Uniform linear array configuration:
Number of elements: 8
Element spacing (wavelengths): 1
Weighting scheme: blackman
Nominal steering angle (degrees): -30
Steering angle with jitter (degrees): -29.94
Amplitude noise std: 0.05
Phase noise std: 0.05

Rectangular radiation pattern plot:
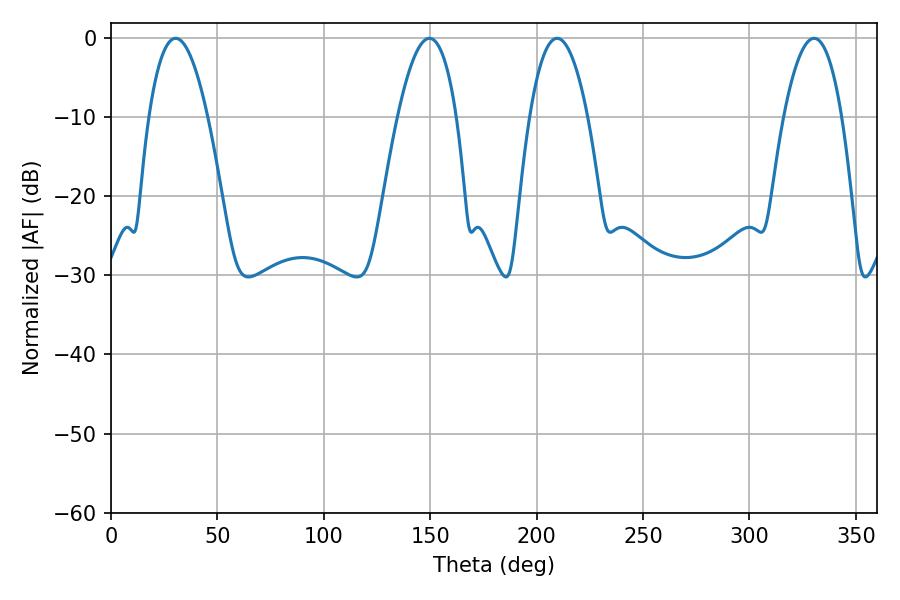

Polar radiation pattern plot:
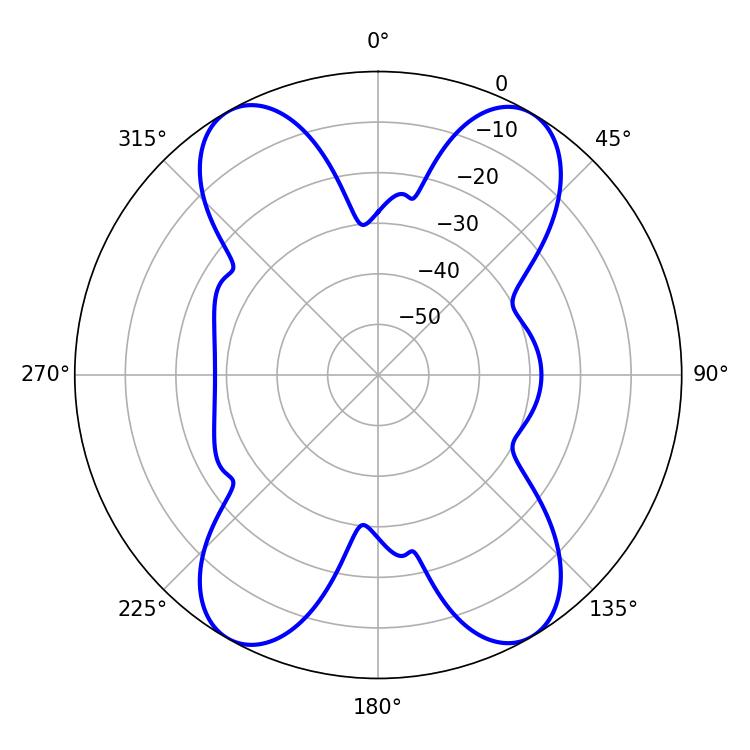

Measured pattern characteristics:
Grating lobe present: TRUE
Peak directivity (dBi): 22.632
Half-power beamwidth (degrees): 15.3
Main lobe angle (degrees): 30.42